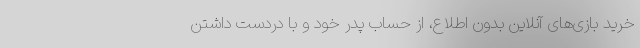
خرید بازی‌های آنلاین بدون اطلاع، از حساب پدر خود و با دردست داشتن